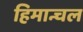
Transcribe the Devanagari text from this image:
हिमान्चल